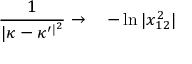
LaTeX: \frac { 1 } { \vert \kappa - \kappa ^ { \prime \vert ^ { 2 } } } \rightarrow \ \ \ - \ln \vert x _ { 1 2 } ^ { 2 } \vert